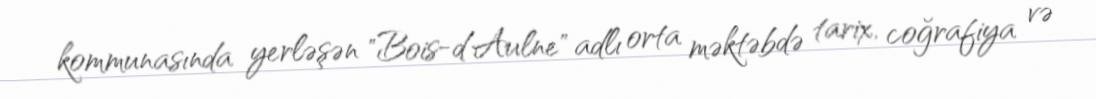
kommunasında yerləşən "Bois-d'Aulne" adlı orta məktəbdə tarix, coğrafiya və